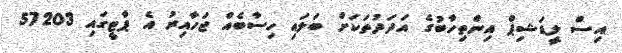
އިސް ލީޑަޝިޕް އިންތިހާބުގެ އަދަދުތަކަށް ބަލައި ހިސާބެއް ޖަހާއިރު އެ ޕާޓީގައި 57203